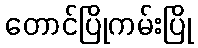
တောင်ပြိုကမ်းပြို